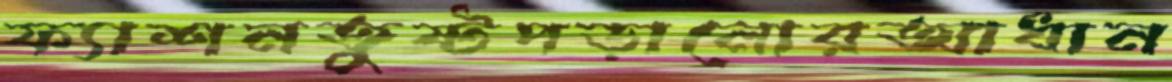
ফ্যাশনতুষ্টপড়ানোরআধান